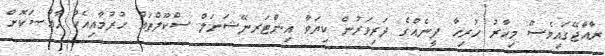
ރާއްޖޭގައިވެސް މިހާރު ހުރިހާ ދީނެއްގެ ދަރިވަރުން ކިޔަވާ އިންޓަރނޭޝަނަލް ސްކޫލްތައް ހުރުމާއިއެކު ޚާއްޞަކޮށް